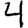
Digit: 4